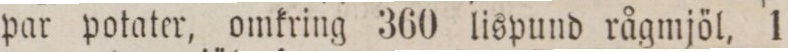
par potater, omkring 360 lispund rågmjöl, 1